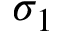
\sigma _ { 1 }